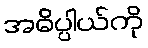
အဓိပ္ပါယ်ကို